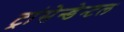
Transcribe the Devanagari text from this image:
ट्रांसेन्डेन्टल